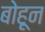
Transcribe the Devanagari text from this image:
बोहून